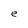
Character: e